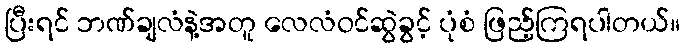
ပြီးရင် ဘဏ်ချလံနဲ့အတူ လေလံဝင်ဆွဲခွင့် ပုံစံ ဖြည့်ကြရပါတယ်။